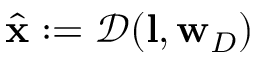
\hat { \mathbf { x } } : = \mathcal { D } ( \mathbf { l } , \mathbf { w } _ { D } )